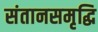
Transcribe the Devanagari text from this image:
संतानसमृद्धि